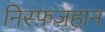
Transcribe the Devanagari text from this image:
निस्फ़ज़हान